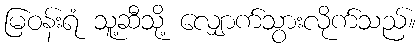
မြဝန်းရံ သူ့ဆီသို့ လျှောက်သွားလိုက်သည်။